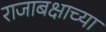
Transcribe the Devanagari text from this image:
राजाबक्षाच्या